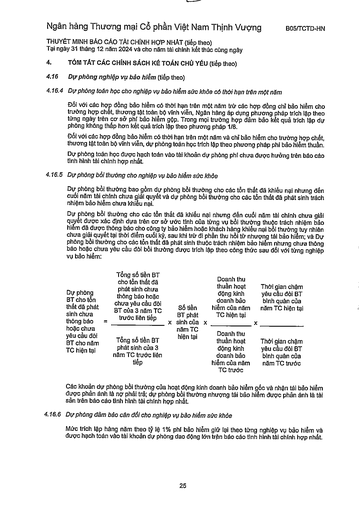
|Dự phòng BT cho tổn thất đã phát sinh chưa thông báo =|Tổng số tiền BT cho tổn thất đã phát sinh chưa thông báo hoặc chưa yêu cầu đòi BT của 3 năm TC trước liên tiếp|Số tiền BT phát sinh của X|Doanh thu thuần hoạt động kinh doanh bảo hiểm của năm TC hiện tại X|Thời gian chậm yêu cầu đòi BT bình quân của năm TC hiện tại| |---|---|---|---|---| |hoặc chưa yêu cầu đòi BT cho năm TC hiện tại|Tổng số tiền BT phát sinh của 3 năm TC trước liên tiếp|năm TC hiện tại|Doanh thu thuần hoạt động kinh doanh bảo hiểm của năm TC trước|Thời gian chậm yêu cầu đòi BT bình quân của năm TC trước|